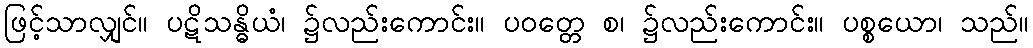
ဖြင့်သာလျှင်။ ပဋိသန္ဓိယံ၊ ၌လည်းကောင်း။ ပဝတ္တေ စ၊ ၌လည်းကောင်း။ ပစ္စယော၊ သည်။